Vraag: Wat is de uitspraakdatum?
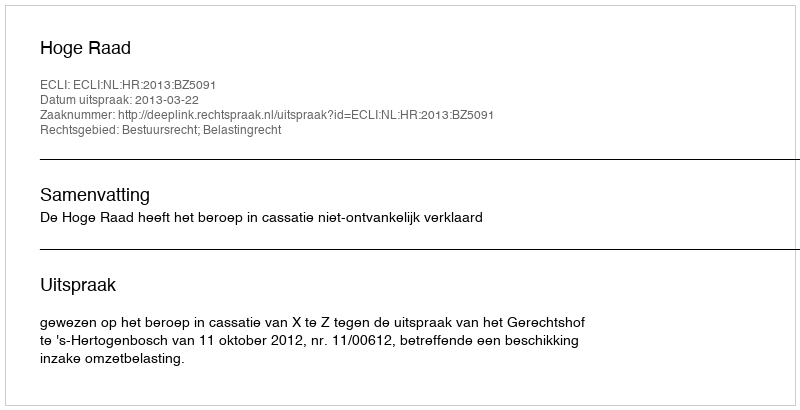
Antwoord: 2013-03-22